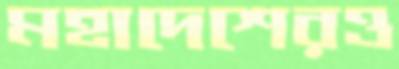
মহাদেশেরও